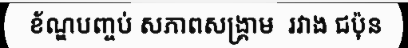
ខ័ណ្ឌបញ្ចប់ សភាពសង្គ្រាម  រវាង ជប៉ុន